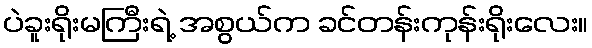
ပဲခူးရိုးမကြီးရဲ့ အစွယ်က ခင်တန်းကုန်းရိုးလေး။